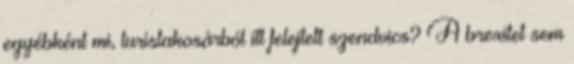
egyébként mi, turistakosárból itt felejtett szendvics? A brexitet sem